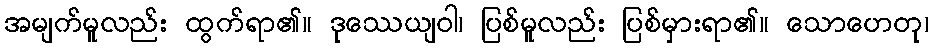
အမျက်မူလည်း ထွက်ရာ၏။ ဒုဿေယျဝါ၊ ပြစ်မူလည်း ပြစ်မှားရာ၏။ သောဟေတု၊